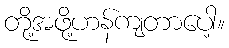
တို့အဖို့ဟန်ကျတာပေါ့။